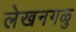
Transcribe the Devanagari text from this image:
लेखनगळु